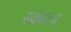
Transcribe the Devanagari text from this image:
स्कात्ज